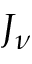
J _ { \nu }